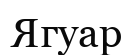
Ягуар